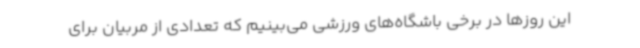
این روزها در برخی باشگاه‌های ورزشی می‌بینیم که تعدادی از مربیان برای